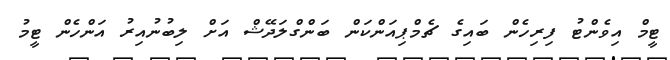
ޓީމް އިވެންޓު ފިރިހެން ބައިގެ ޗެމްޕިއަންކަން ބަންގްލަދޭޝް އަށް ލިބުނުއިރު އަންހެން ޓީމު